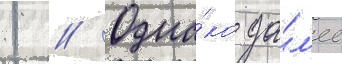
1 // Одна́ко да́л'ее